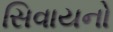
સિવાયનો